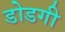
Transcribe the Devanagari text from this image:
डोडगी